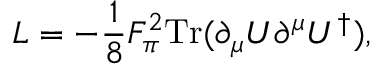
{ \cal L } = - { \frac { 1 } { 8 } } F _ { \pi } ^ { 2 } \mathrm { T r } ( \partial _ { \mu } U \partial ^ { \mu } U ^ { \dagger } ) ,